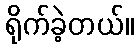
ရိုက်ခဲ့တယ်။